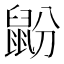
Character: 鼢